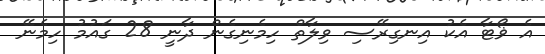
އެ ޥޯޓާ އެކު އިނގިރޭސި ވިލާތް ހިމެނިގެން ދާނީ 28 ގައުމު ހިމެނޭ